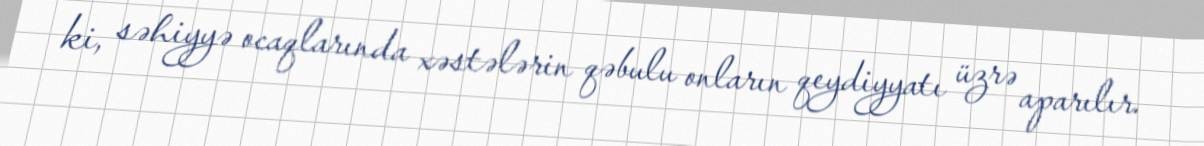
ki, səhiyyə ocaqlarında xəstələrin qəbulu onların qeydiyyatı üzrə aparılır.